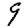
Digit: 9